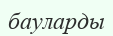
бауларды